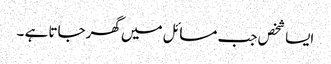
ایسا شخص جب مسائل میں گھرجاتا ہے ۔